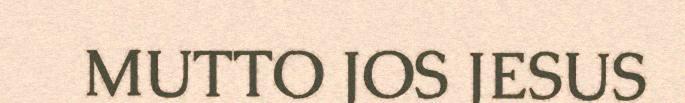
MUTTO JOS JESUS